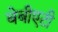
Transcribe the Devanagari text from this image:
बेबीएटी